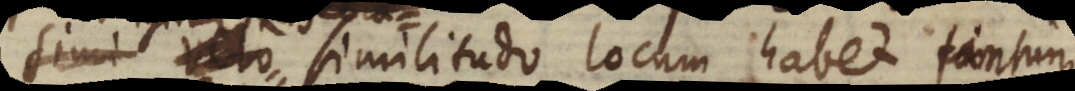
igitur similitudo locum habet tantum